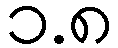
၁.၈